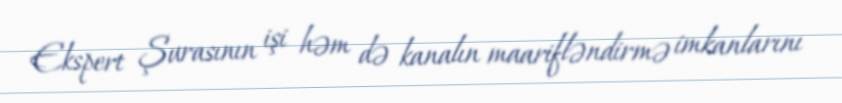
Ekspert Şurasının işi həm də kanalın maarifləndirmə imkanlarını